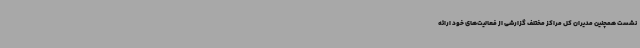
نشست همچنین مدیران کل مراکز مختلف گزارشی از فعالیت‌های خود ارائه